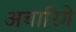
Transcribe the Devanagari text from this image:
अचारिगे